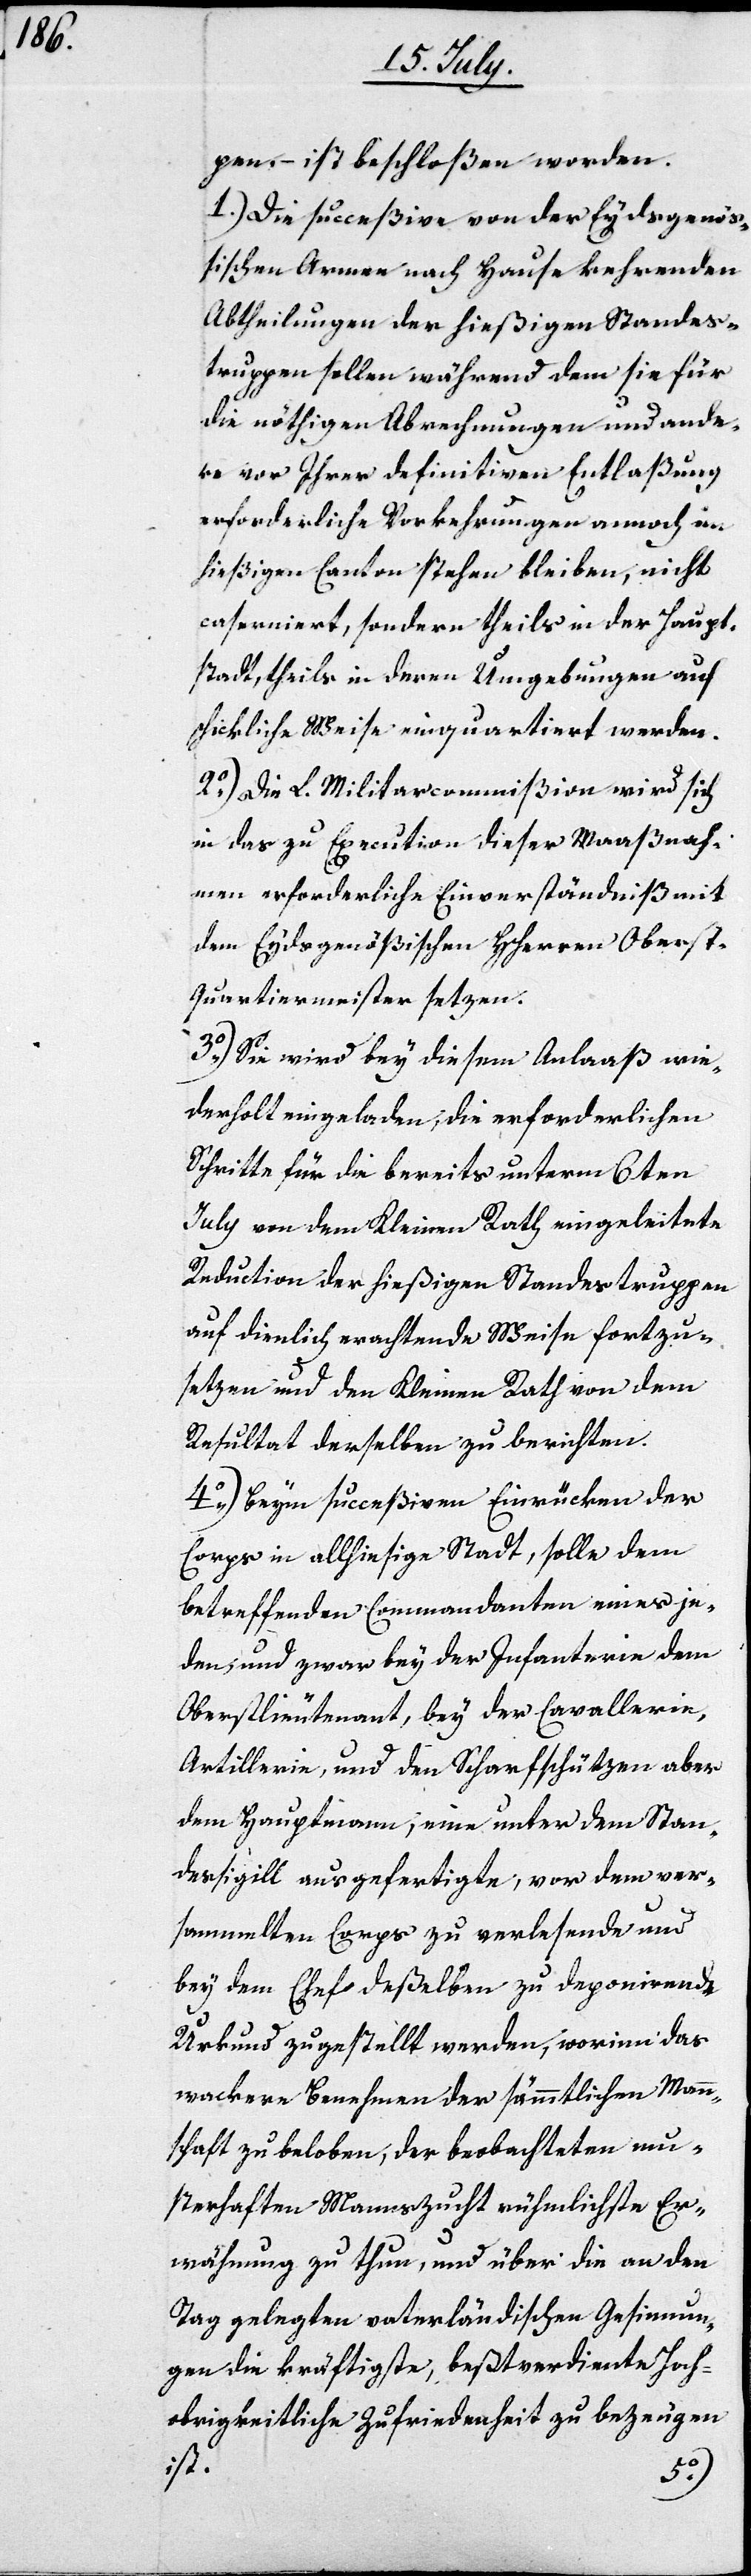
pen, ist beschloßen worden:
1.) Die succeßive von der Eydsgenöß¬
ischen Armee nach Hause kehrenden
Abtheilungen der hießigen Standes¬
truppen sollen während dem sie für
die nöthigen Abrechnungen und ande¬
re vor Ihrer definitiven Entlaßung
erforderliche Vorkehrungen annoch im
hießigen Canton stehen bleiben, nicht
caserniert, sondern theils in der Haupt¬
stadt, theils in deren Umgebungen auf
schickliche Weise einquartiert werden.
2.) Die L. Militar-Commißion wird sich
in das zu Execution dieser Maaßnah¬
men erforderliche Einverständniß mit
dem Eydsgenößischen Herren Obers¬
t-Quartiermeister setzen.
3.) Sie wird bey diesem Anlaß wie¬
derholt eingeladen werden, die erforderlichen
Schritte für die bereits unterm 6ten
July von dem Kleinen Rath eingeleitete
Reduction der hießigen Standestruppen
auf dienlich erachtende Weise fortzu¬
setzen und dem Kleinen Rath von dem
Resultat derselben zu berichten.
4.) Beym succeßiven Einrücken der
Corps in allhießige Stadt, solle dem
betreffenden Commandanten eines je¬
den, und zwar bey der Infanterie dem
Oberstlieutenant, bey der Cavallerie,
Artillerie, und den Scharfschützen aber
dem Hauptmann, eine unter dem Stan¬
dessigill ausgefertigte, vor dem ver¬
sammelten Corps zu verlesende und
bey dem Chef deßelben zu deponierende
Urkund zugestellt werden, worinn das
wackere Benehmen der sämmtlichen Mann¬
schaft zu beloben, der beobachteten mu¬
sterhaften Mannszucht nämlichste Er¬
wähnung zu thun, und über die an den
Tag gelegten vaterländischen Gesinnun¬
gen die kräftigste, beßtverdiente Hoch¬
obrigkeitliche Zufriedenheit zu bezeugen
ist.